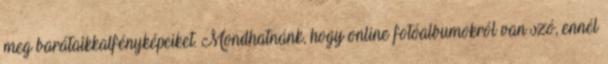
meg barátaikkalfényképeiket. Mondhatnánk, hogy online fotóalbumokról van szó, ennél